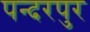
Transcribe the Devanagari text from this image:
पन्दरपुर